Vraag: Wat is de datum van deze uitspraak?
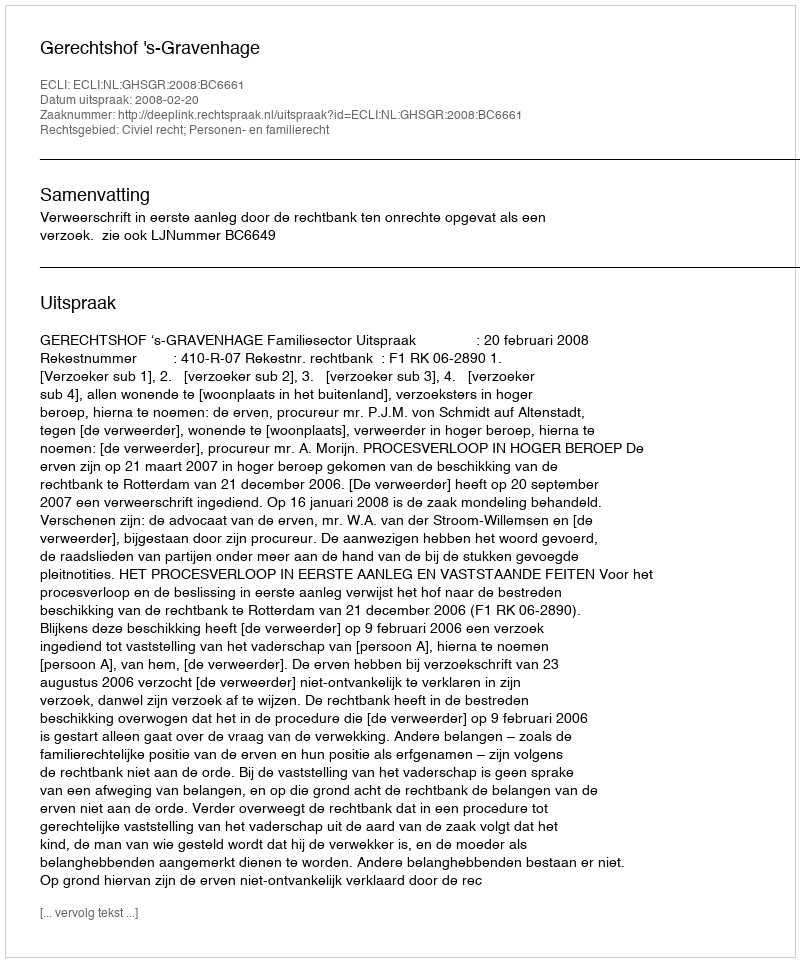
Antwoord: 2008-02-20